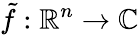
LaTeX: {\tilde{f}}:\mathbb{R}^{n}\to\mathbb{C}